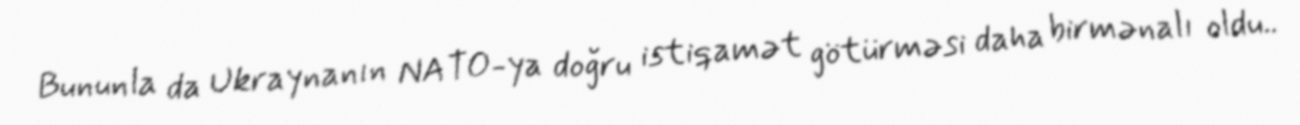
Bununla da Ukraynanın NATO-ya doğru istiqamət götürməsi daha birmənalı oldu..